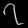
Digit: ၇